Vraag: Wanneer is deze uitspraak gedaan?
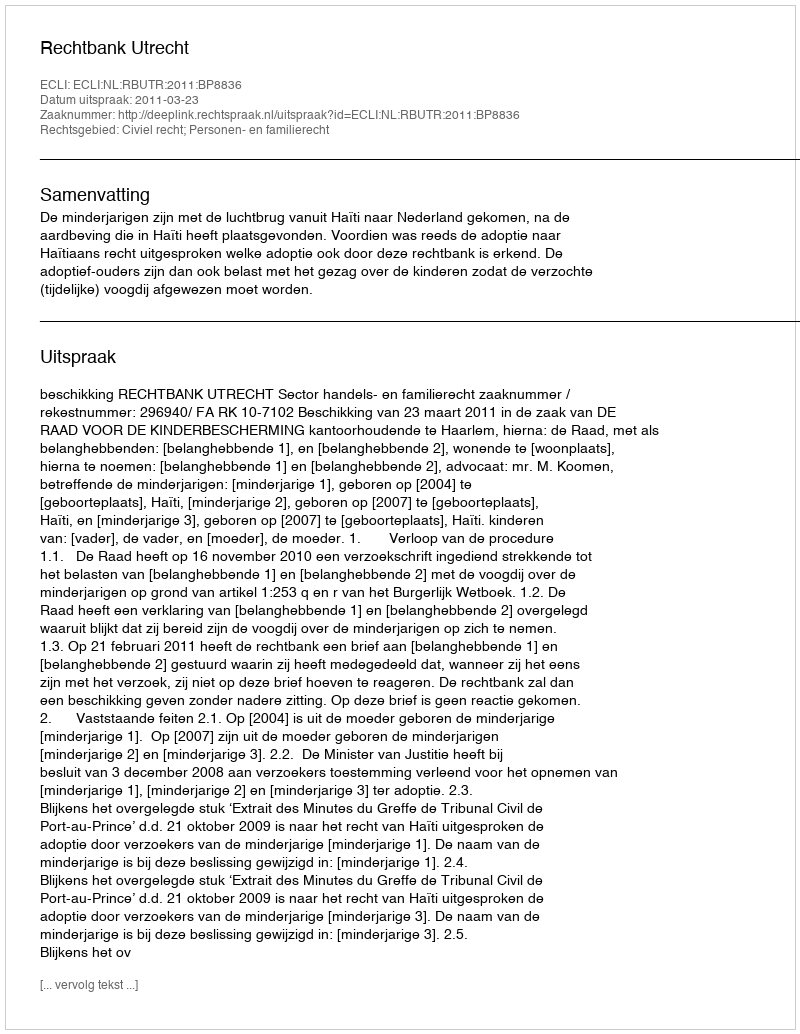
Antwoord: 2011-03-23